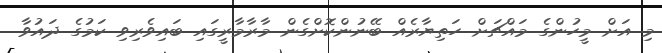
މި އަށް މީހުންގެ މައްޗަށް ހަތިޔާރެއް ބޭނުންކޮށްގެން މާރާމާރީގައި ބައިވެރިވި ކަމުގެ ދައުވާ